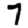
Digit: 7